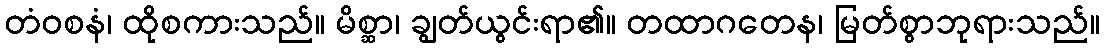
တံဝစနံ၊ ထိုစကားသည်။ မိစ္ဆာ၊ ချွတ်ယွင်းရာ၏။ တထာဂတေန၊ မြတ်စွာဘုရားသည်။